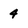
Character: 4